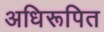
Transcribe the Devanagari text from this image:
अधिरूपित